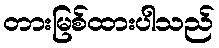
တားမြစ်ထားပါသည်